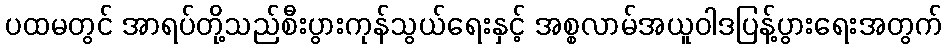
ပထမတွင် အာရပ်တို့သည်စီးပွားကုန်သွယ်ရေးနှင့် အစ္စလာမ်အယူဝါဒပြန့်ပွားရေးအတွက်